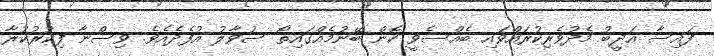
ފައިސާ އަދީބު މެދުވެރިކުރައްވައި ބެއްސެވީ ކޮން ބޭނުމެއްގައިތޯ ސުވާލު އުފެދެއެވެ. ވިސްނާ ފިކުރުކުރާ